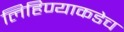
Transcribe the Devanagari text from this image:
लिहिण्याकडेच